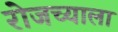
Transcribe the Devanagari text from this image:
रोजच्याला